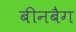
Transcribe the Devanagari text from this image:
बीनबैग